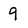
Character: 9